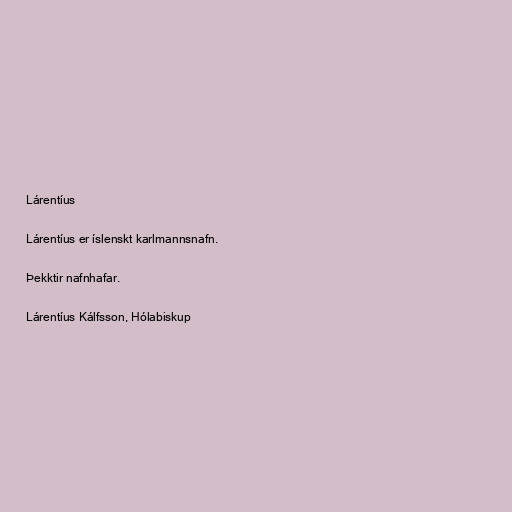
Lárentíus

Lárentíus er íslenskt karlmannsnafn.

Þekktir nafnhafar.

Lárentíus Kálfsson, Hólabiskup